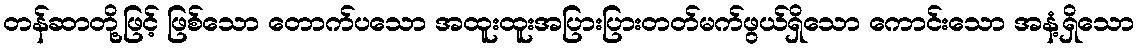
တန်ဆာတို့ဖြင့် ဖြစ်သော တောက်ပသော အထူးထူးအပြားပြားတတ်မက်ဖွယ်ရှိသော ကောင်းသော အနံ့ရှိသော